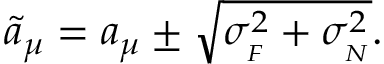
\tilde { a } _ { \mu } = a _ { \mu } \pm \sqrt { \sigma _ { { } _ { F } } ^ { 2 } + \sigma _ { { } _ { N } } ^ { 2 } } .